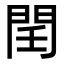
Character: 𨳝